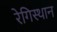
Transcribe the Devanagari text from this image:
रेगिस्थान